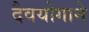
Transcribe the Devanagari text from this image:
दैवयोगाने